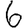
Digit: 6